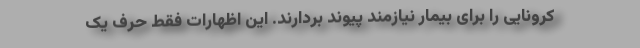
کرونایی را برای بیمار نیازمند پیوند بردارند. این اظهارات فقط حرف یک